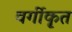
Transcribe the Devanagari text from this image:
वर्गीकृ्त